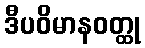
ဒီပဝိမာနဝတ္ထု